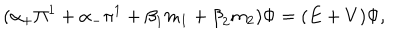
( { \alpha } _ { + } { \Pi } ^ { 1 } + { \alpha } _ { - } { \pi } ^ { 1 } + { \beta } _ { 1 } m _ { 1 } + { \beta } _ { 2 } m _ { 2 } ) { \Phi } = ( E + V ) { \Phi } ,